Bréfritari: Soffía Daníelsdóttir
Viðtakandi: Daníel Halldórsson
Dagsetning: A-1888-02-05
Skrifað á: Reykjavík  Gull.
Soffía var dóttir Daníels

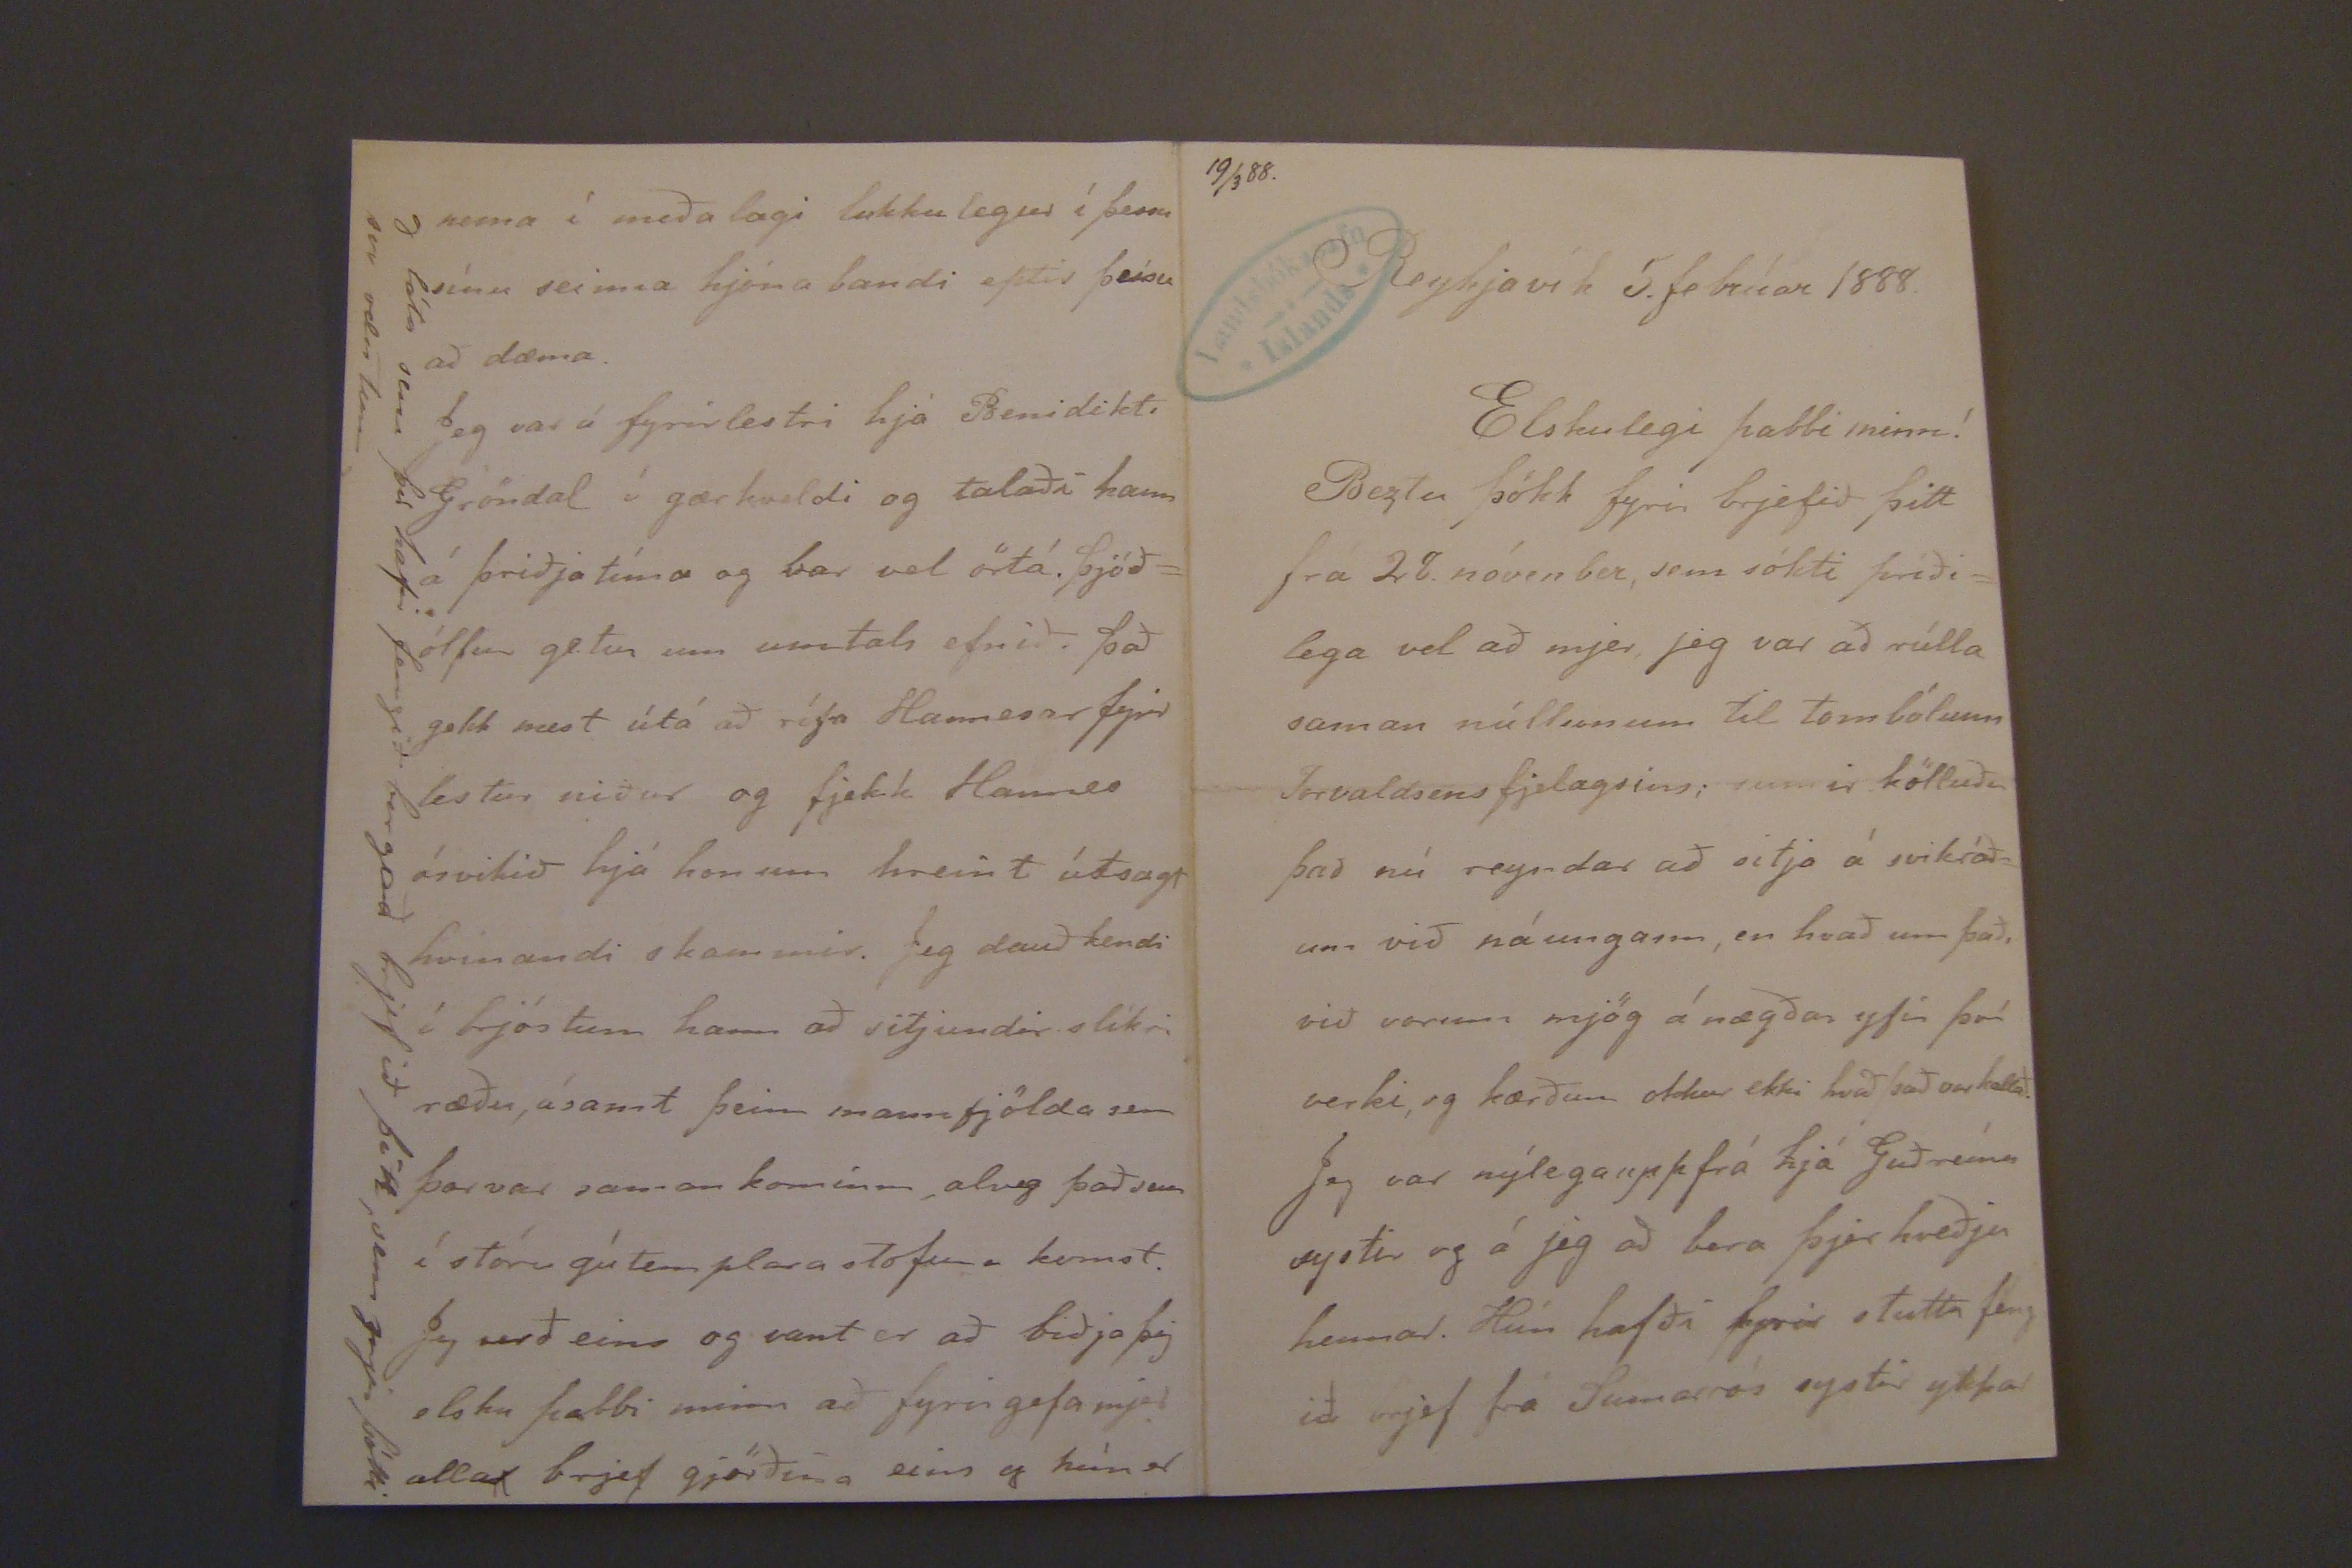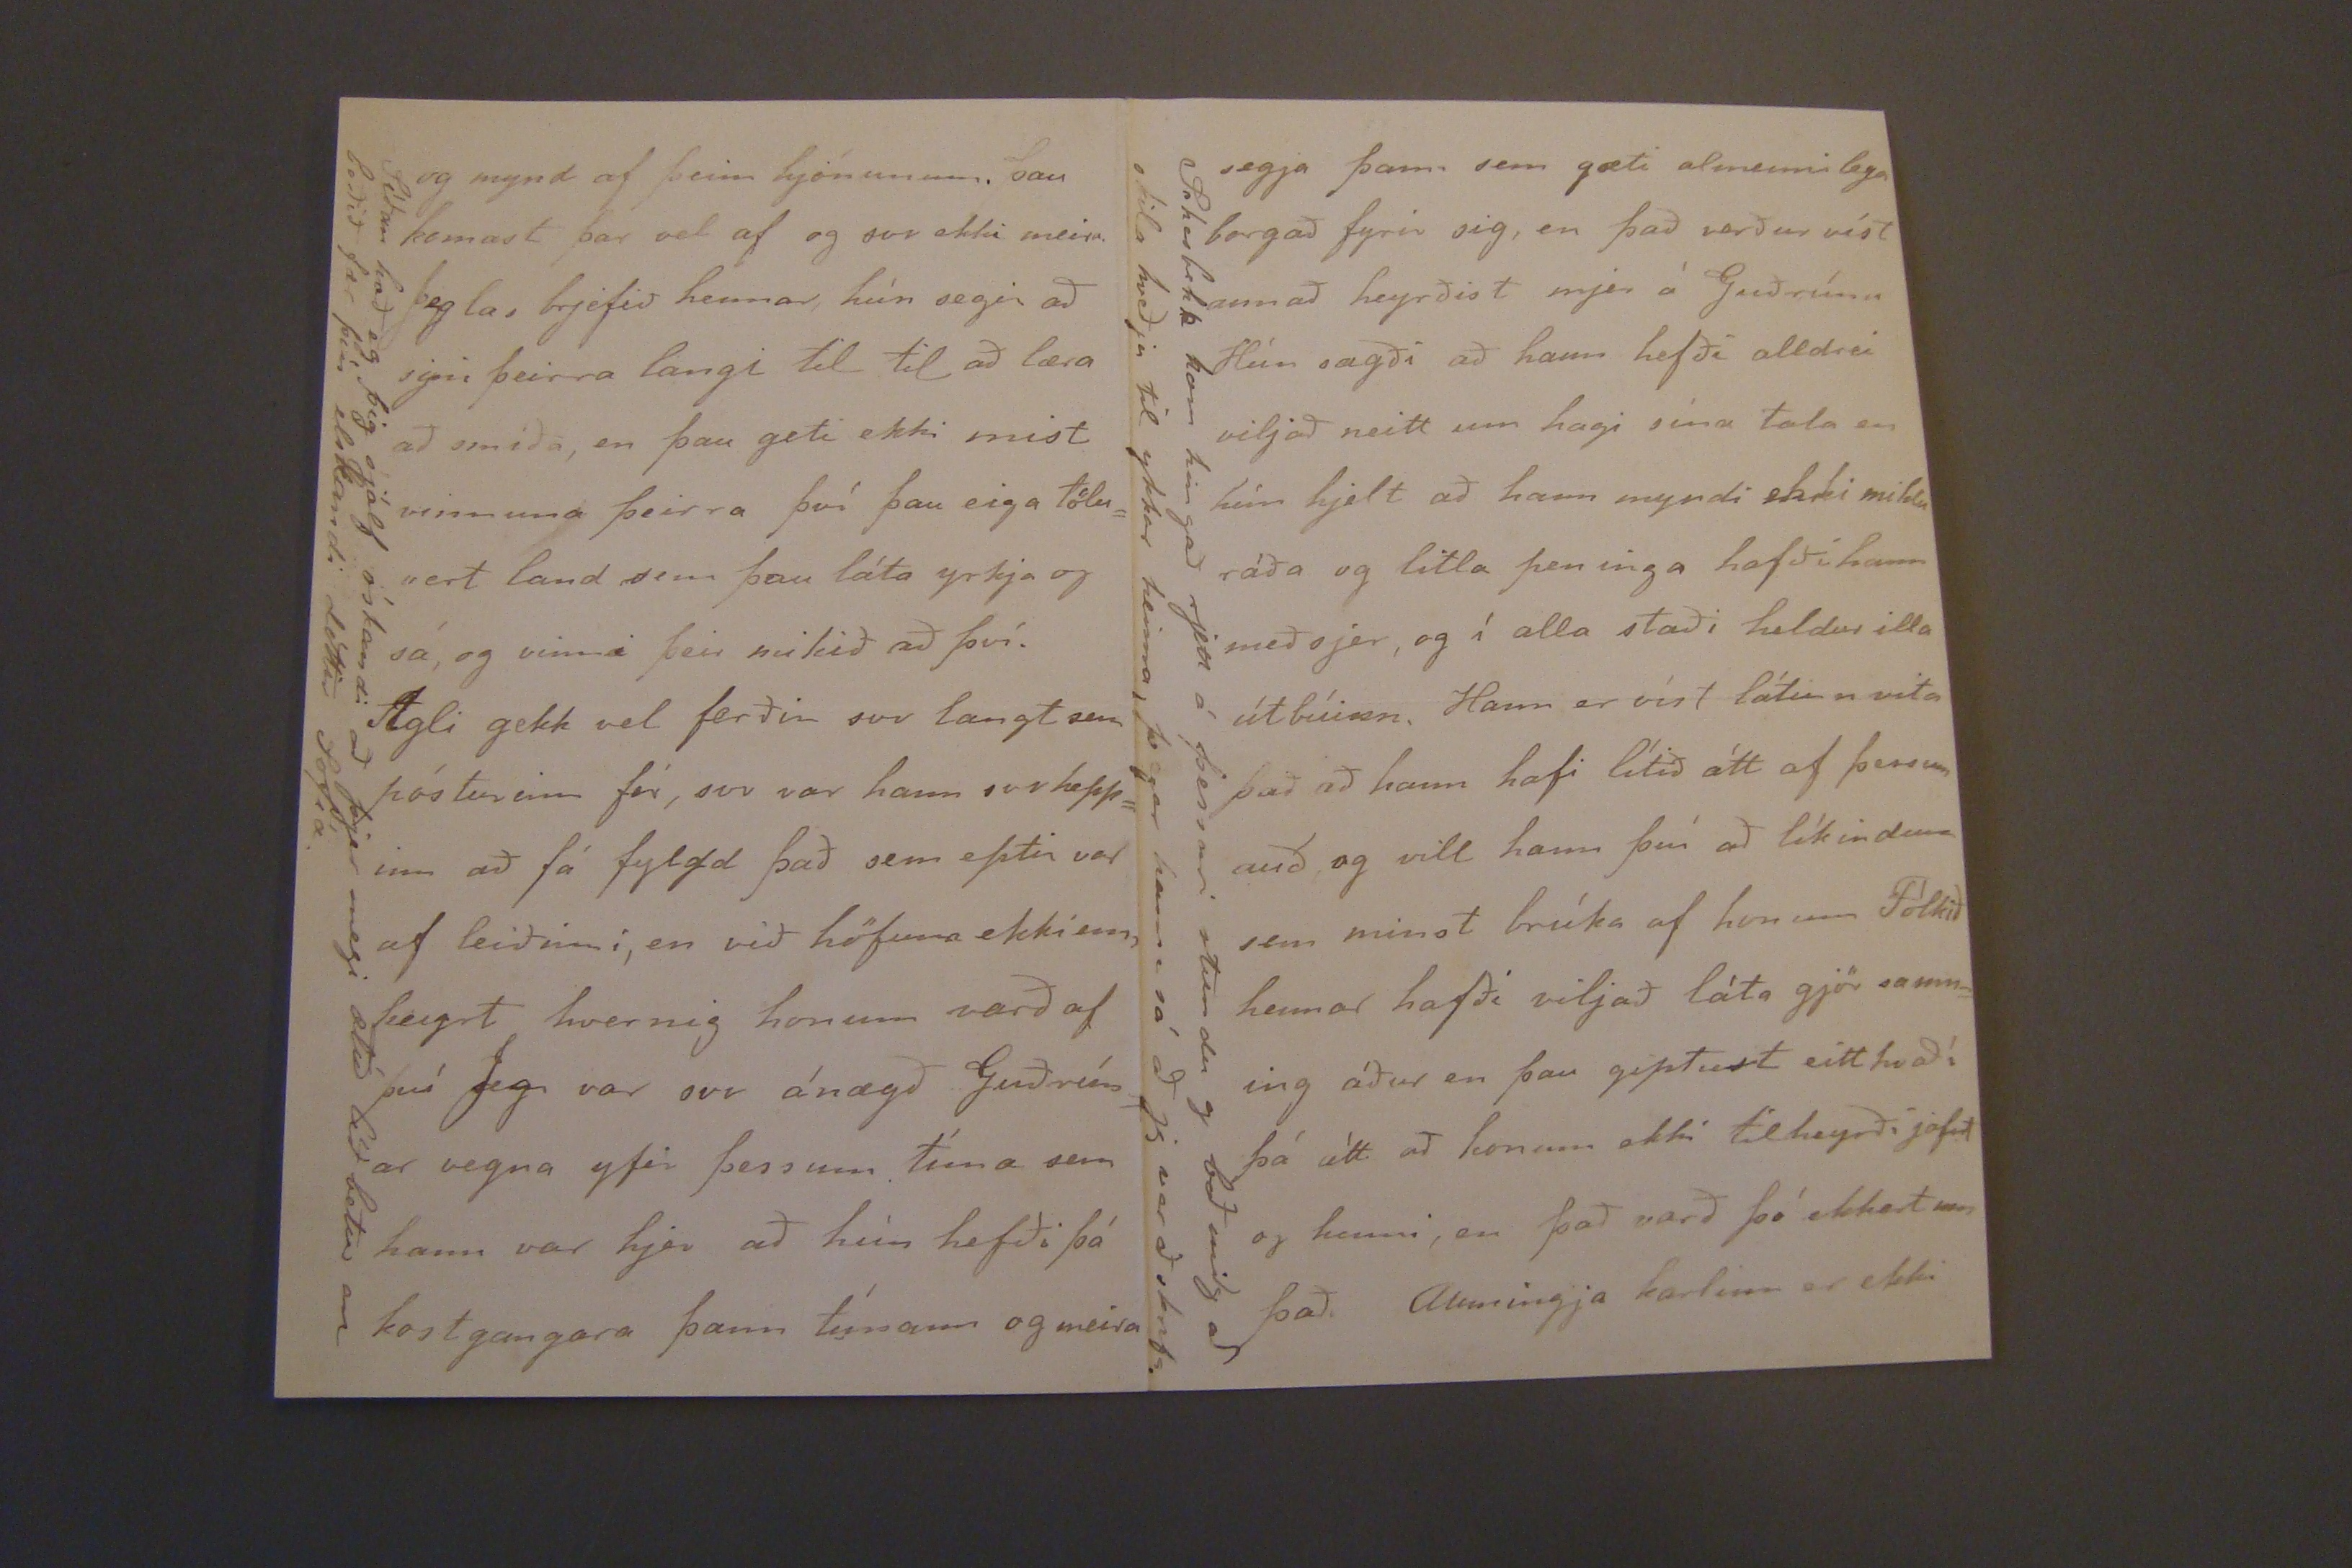

19/3 88.
Reykjavík 5. febrúar 1888.
Elskulegi pabbi minn!
Beztu þökk fyrir brjefið þitt frá 28. nóvenber, sem sókti priðilega vel að mjer eg var að rúlla saman núllunum til tombólum Thorvaldsins fjelagsins; sumir kölluðu það nú reyndar að sitja á svikráð um við náungann, en hvað um það. við vorum mjög ánægðar yfir því verki, og kærðum okkur ekki hvað það var kallað Jeg var nýlega upp frá há Guðrúnu systir og á jeg að bera þjer hveðju hennar. Hún hafði fyrir stuttu feng ið brjef frá Sumarrós systir ykkar
og mynd af þeim hónunum. þau komast þar vel af og svo ekki meira. Jeg las brjefið hennar, hún segir að syni þeirra langi til til að læra að smíða, en þau geti ekki mist vinnuna þeirra því þau eiga töluvert land sem þau láta yrkja og sá, og vinna þeir mikið að því.
Agli gekk vel frðin svo langt sem pósturinn fór, svo var hann svo heppinn að fá fylgd það sem eptir var af leiðinni, en við höfum ekki enn heyrt hvernig honum varð af. því Jeg var svo ánægð Guðrún ar vegna yfir þessum tíma sem hann var hjer að hún hefði þá kostgangara þann tímann og meir
Síðan bað eg þig sjálf óskandi að þjer megi ætíð líð betur en beðið fær þín elskandi dóttir Sofía.
nema í meðalagi lukkulegur í þessu sínu seinna hjóna bandi eptir þessu að dæma.
eg var á fyrirlestri hjá Benidikti Gröndal í gærkveldi og talaði hann á þriðja tíma og var vel örtá. þjóðólfur getur um umtals efnið. það gekk mest útá að rífa Hannesar fyrir lestinn niður og fjekk Hannes ósvikið hjá honum hreint útsagt hvinandi skammir. Jeg dauð kendi í brjóstum hann að sitjundir slíkri ræðu, ásamt þeim mannfjölda sem þar var saman kominn, alveg það sem í stóru
gútem plara stofuna
komst. Jeg varð eins og vant er að biðja þig sliku pabbi minn að fyrirgefa mjer alla(strok/d/) brjef gjörðina eins og hún er
og láta eins þú hafir fengið borgað brjefið þitt, sem mjer þótti svo væntum.
segja þann sem gæti almennilega borgað fyrir sig, en það verður víst annað heyrðist mjer á Guðrúnu Hún sagði að hann hefði alldrei viljað neitt um hagi sína tlaa en hún hjelt að hann myndi ekki miklu ráða og litla peninga hafði hann með sjer, og í alla staði heldur illa útbúinn. Hann er víst látinn vita það að hann hafi lítið átt af þessum auð og vill hann því að líkindum sem minst brúka af honum Fólkið hennar hafði viljað láta gjör samning áður en þau giptust eitthvað í þá átt að honum ekki tilheyrði jafnt og henni, en það varð þó ekkert um það. Aumingja karlinn er ekki
Johasbekk
kom hingað rjett á þessari stundu og bað mig að skila hveðju til ykkar heima, þegar hann, sá að jg var að skrifa.